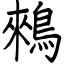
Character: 鶆